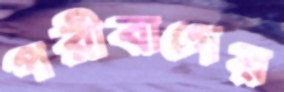
পরীবাগের